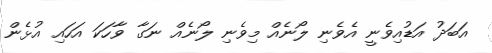
އަބަދު އަޑުއިވެނީ އެވެނި ލޯނެއް މިވެނި ލޯނެއް ނަގާ ވާހަކަ އަހައި އުޅެން